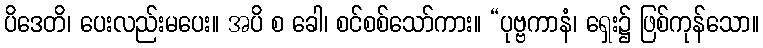
ပိဒေတိ၊ ပေးလည်းမပေး။ အပိ စ ခေါ၊ စင်စစ်သော်ကား။ “ပုဗ္ဗကာနံ၊ ရှေး၌ ဖြစ်ကုန်သော။